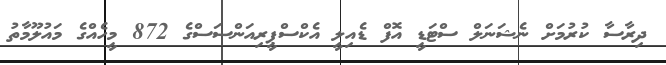
ދިރާސާ ކުރުމަށް ނެޝަނަލް ސްޓަޑީ އޮފް ޑެއިލީ އެކްސްޕީރިއަންސަސްގެ 872 މީހެއްގެ މައުލޫމާތު